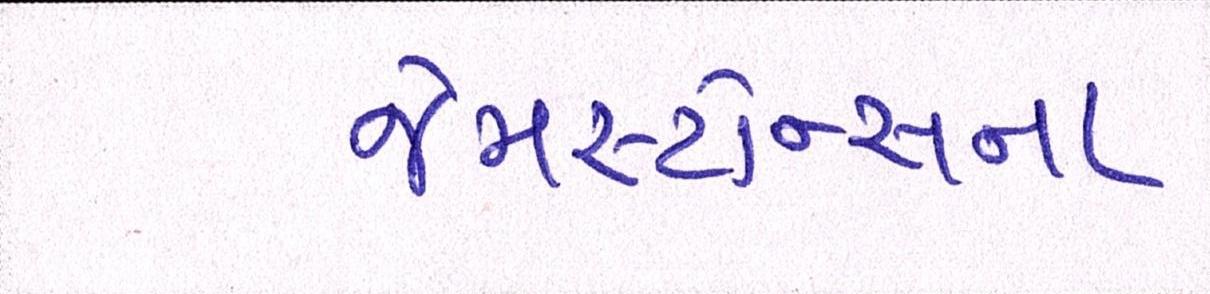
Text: જેમસ્ટોન્સના